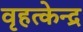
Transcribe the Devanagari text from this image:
वृहत्केन्द्र